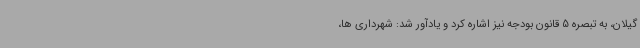
گیلان، به تبصره 5 قانون بودجه نیز اشاره کرد و یادآور شد: شهرداری ها،